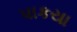
પાકયા